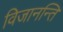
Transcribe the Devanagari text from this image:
विजानन्ति